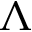
\Lambda